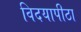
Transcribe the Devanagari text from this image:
विदयापीठा